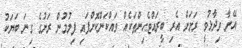
އޭނާ ވިދާޅުވީ ރަށަށް އެރި ބީރައްޓެހިންތަކެއް ވައްކަންކޮށްފައި ފިލުމުން ރަށުގެ ގިނަ ބަޔަކު